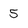
Character: 5